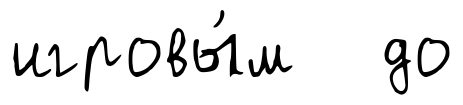
игровы́м до